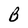
Character: B